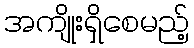
အကျိုးရှိစေမည့်